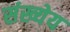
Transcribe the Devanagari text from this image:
संख्येय